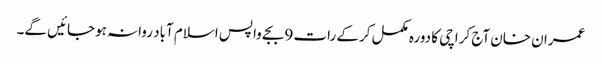
عمران خان آج کراچی کا دورہ مکمل کرکے رات 9 بجے واپس اسلام آباد روانہ ہوجائیں گے۔